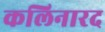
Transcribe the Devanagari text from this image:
कलिनारद